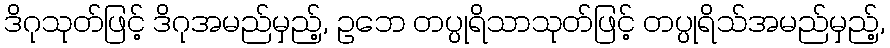
ဒိဂုသုတ်ဖြင့် ဒိဂုအမည်မှည့်, ဥဘေ တပ္ပုရိသာသုတ်ဖြင့် တပ္ပုရိသ်အမည်မှည့်,